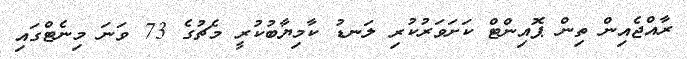
ރާއްޖެއިން ތިން ޕޮއިންޓް ކަށަވަރުކުރި ލަނޑު ކާމިޔާބުކުރީ މެޗުގެ 73 ވަނަ މިނެޓްގައި